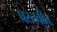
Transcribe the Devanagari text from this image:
प्रस्तवीत